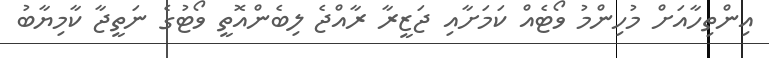
އިންތިހާއަށް މުހިންމު ވޯޓެއް ކަމަށާއި ޖަޒީރާ ރާއްޖެ ލިބެންއޮތީ ވޯޓުގެ ނަތީޖާ ކާމިޔާބު